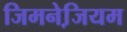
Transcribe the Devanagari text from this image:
जिमनेजि़यम